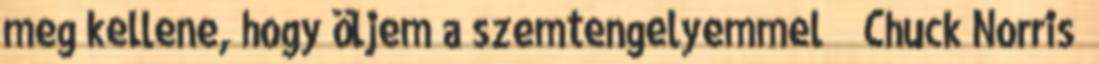
meg kellene, hogy öljem a szemtengelyemmel ” Chuck Norris